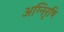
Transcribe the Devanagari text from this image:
अग्निरृषि